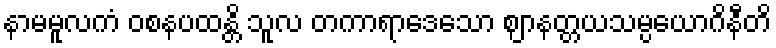
နာမမူလကံ ဝစနပထန္တိ သူလ တကာရာဒေသော ဈာနတ္တယသမ္ပယောဂိနီတိ